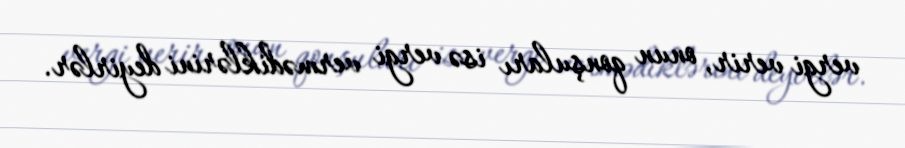
vergi verir, onun qonşuları isə vergi vermədiklərini deyirlər.